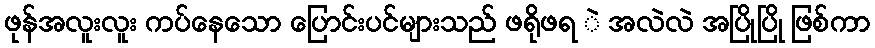
ဖုန်အလူးလူး ကပ်နေသော ပြောင်းပင်များသည် ဖရိုဖရ ဲ အလဲလဲ အပြိုပြို ဖြစ်ကာ